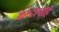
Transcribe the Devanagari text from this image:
कांदापोहे